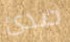
صدئ